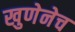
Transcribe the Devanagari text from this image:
खुणेनेच